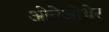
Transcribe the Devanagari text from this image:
ओनेओथेर